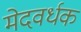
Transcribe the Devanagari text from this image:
मेदवर्धक